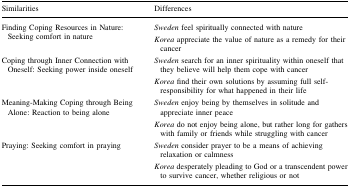
| Similarities | Differences |
 | --- | --- |
 | <ROWSPAN=2> Finding Coping Resources in Nature: Seeking comfort in nature | Sweden feel spiritually connected with nature |
 | Korea appreciate the value of nature as a remedy for their cancer |
 | <ROWSPAN=2> Coping through Inner Connection with Oneself: Seeking power inside oneself | Sweden search for an inner spirituality within oneself that they believe will help them cope with cancer |
 | Korea find their own solutions by assuming full self-responsibility for what happened in their life |
 | <ROWSPAN=2> Meaning-Making Coping through Being Alone: Reaction to being alone | Sweden enjoy being by themselves in solitude and appreciate inner peace |
 | Korea do not enjoy being alone, but rather long for gathers with family or friends while struggling with cancer |
 | <ROWSPAN=2> Praying: Seeking comfort in praying | Sweden consider prayer to be a means of achieving relaxation or calmness |
 | Korea desperately pleading to God or a transcendent power to survive cancer, whether religious or not |